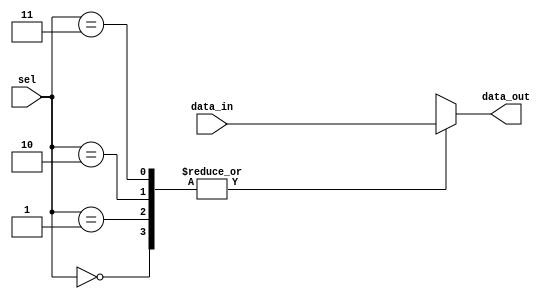
module mux_demux_buffer (
    input wire [7:0] data_in,
    input wire [1:0] sel,
    output reg [7:0] data_out
);

always @ (sel) begin
    case(sel)
        2'b00: data_out = data_in;
        2'b01: data_out = data_in;
        2'b10: data_out = data_in;
        2'b11: data_out = data_in;
    endcase
end

endmodule